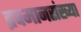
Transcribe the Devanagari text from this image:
द्रवमानसंख्या